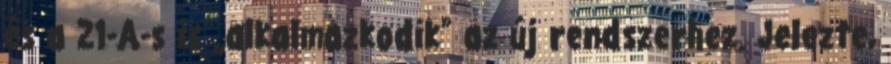
és a 21-A-s is „alkalmazkodik” az új rendszerhez. Jelezte,